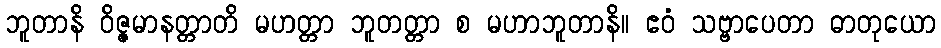
ဘူတာနိ ဝိဇ္ဇမာနတ္တာတိ မဟတ္တာ ဘူတတ္တာ စ မဟာဘူတာနိ။ ဧဝံ သဗ္ဗာပေတာ ဓာတုယော